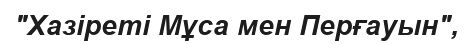
"Хазіреті Мұса мен Перғауын",